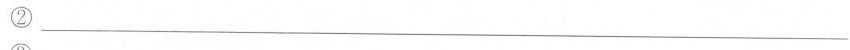
②___